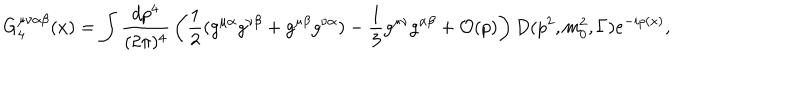
G _ { 4 } ^ { \mu \nu \alpha \beta } ( x ) = \int { \frac { d p ^ { 4 } } { ( 2 \pi ) ^ { 4 } } } \left( { \frac { 1 } { 2 } } ( g ^ { \mu \alpha } g ^ { \nu \beta } + g ^ { \mu \beta } g ^ { \nu \alpha } ) - { \frac { 1 } { 3 } } g ^ { \mu \nu } g ^ { \alpha \beta } + { \cal O } ( p ) \right) D ( p ^ { 2 } , m _ { 0 } ^ { 2 } , \Gamma ) e ^ { - i p ( x ) } ,